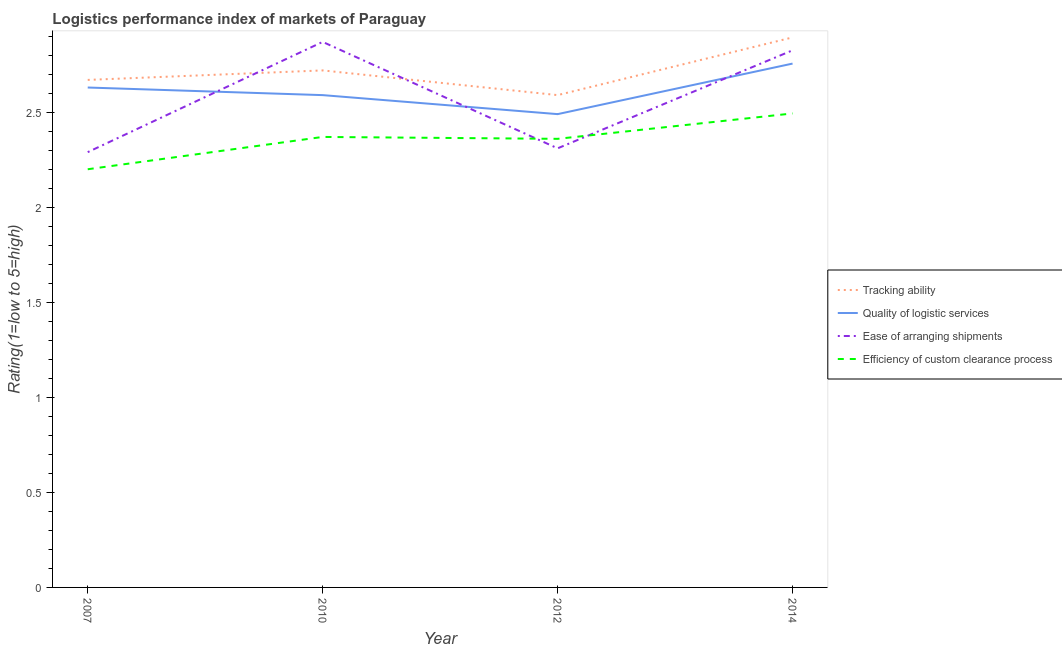
| Year | Tracking ability | Quality of logistic services | Ease of arranging shipments | Efficiency of custom clearance process |
 | --- | --- | --- | --- | --- |
 | 2007 | 2.67 | 2.63 | 2.29 | 2.2 |
 | 2010 | 2.72 | 2.59 | 2.87 | 2.37 |
 | 2012 | 2.59 | 2.49 | 2.31 | 2.36 |
 | 2014 | 2.89 | 2.76 | 2.83 | 2.49 |